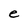
Character: e